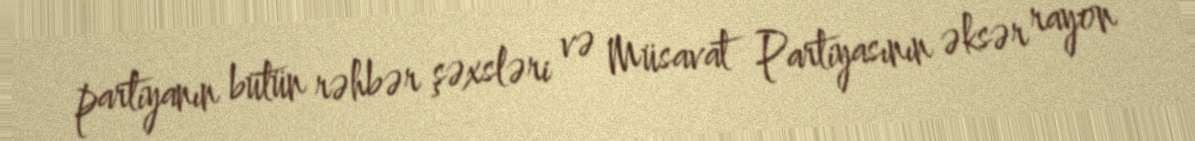
partiyanın bütün rəhbər şəxsləri və Müsavat Partiyasının əksər rayon